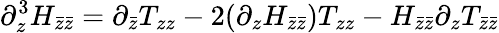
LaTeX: \partial_{z}^{3}H_{\bar{z}\bar{z}}=\partial_{\bar{z}}T_{zz}-2(\partial_{z}H_{\bar{z}\bar{z}})T_{zz}-H_{\bar{z}\bar{z}}\partial_{z}T_{\bar{z}\bar{z}}